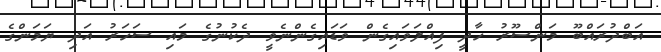
އަބްދުރައްބޫ މަންސޫރު ހާދީ ފިއްލަވައިގެން ވަޑައިގެންނެވީ ދެކުނުގެ މައި ސަހަރު އަދި ޔަމަންގެ